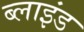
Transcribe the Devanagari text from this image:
ब्‍लाइंड